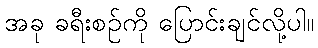
အခု ခရီးစဉ်ကို ပြောင်းချင်လို့ပါ။